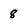
Character: 8